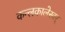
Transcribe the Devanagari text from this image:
कन्लकालेस्वर्